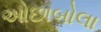
ઓછાબોલા